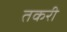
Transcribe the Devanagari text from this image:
तकरी